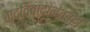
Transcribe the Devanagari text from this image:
वादविवादांनंतरही